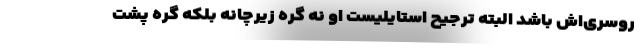
روسری‌اش باشد البته ترجیح استایلیست او نه گره زیرچانه بلکه گره پشت